Vaccination in Bombay 1924-1928 - 1924-1928
Year: 1924
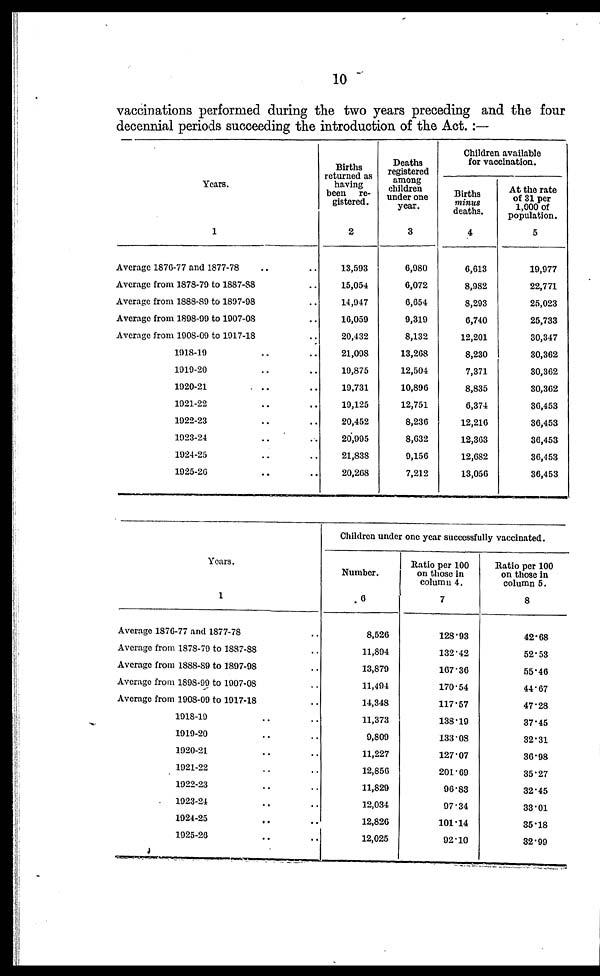
10
vaccinations performed during the two years preceding and the four
decennial periods succeeding the introduction of the Act.:—
Years.
1
Average 1876-77 and 1877-78 .. ..
Average from 1878-79 to 1887-88 ..
Average from 1888-89 to 1897-98 ..
Average from 1898-99 to 1907-08 ..
Average from 1908-09 to 1917-18 ..
1918-19 .. ..
1919-20 .. ..
1920-21 .. ..
1921-22 .. ..
1922-23 .. ..
1923-24 .. ..
1924-25 .. ..
1925-26 .. ..
Births
returned as
having
been re-
gistered.
2
13,593
15,054
14,947
16,059
20,432
21,098
19,875
19,731
19,125
20,452
20,995
21,838
20,268
Deaths
registered
among
children
under one
year.
3
6,980
6,072
6,654
9,319
8,132
13,268
12,504
10,896
12,751
8,236
8,632
0,156
7,212
Children available
for vaccination.
Births
minus
deaths.
4
6,613
8,982
8,293
6,740
12,201
8,230
7,371
8,835
6,374
12,216
12,363
12,682
13,056
At the rate
of 31 per
1,000 of
population.
5
19,977
22,771
25,023
25,733
30,347
30,362
30,362
30,362
36,453
36,453
36,453
36,453
36,453
Years.
1
Average 1876-77 and 1877-78 ..
Average from 1878-79 to 1887-88 ..
Average from 1888-89 to 1897-98 ..
Average from 1898-99 to 1907-08 ..
Average from 1908-09 to 1917-18 ..
1918-19 .. ..
1919-20 .. ..
1920-21 .. ..
1921-22 .. ..
1922-23 .. ..
1923-24 .. ..
1924-25 .. ..
1925-26 .. ..
Children under one year successfully vaccinated.
Number.
6
8,526
11,894
13,879
11,494
14,348
11,373
9,809
11,227
12,856
11,829
12,034
12,826
12,025
Ratio per 100
on those in
column 4.
7
128.93
132.42
167.36
170.54
117.57
138.19
133.03
127.07
201.69
96.83
97.34
101.14
92.10
Ratio per 100
on those in
column 5.
8
42.68
52.53
55.46
44.67
47.28
37.45
32.31
36.98
35.27
32.45
33.01
35.18
32.99